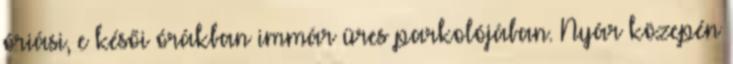
óriási, e késői órákban immár üres parkolójában. Nyár közepén